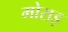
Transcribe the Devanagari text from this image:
मोराइ